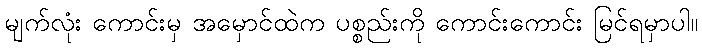
မျက်လုံး ကောင်းမှ အမှောင်ထဲက ပစ္စည်းကို ကောင်းကောင်း မြင်ရမှာပါ။